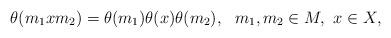
LaTeX: \begin{align*}\theta(m_1xm_2)=\theta(m_1)\theta(x)\theta(m_2),\ \ m_1,m_2\in M,\ x\in X,\end{align*}